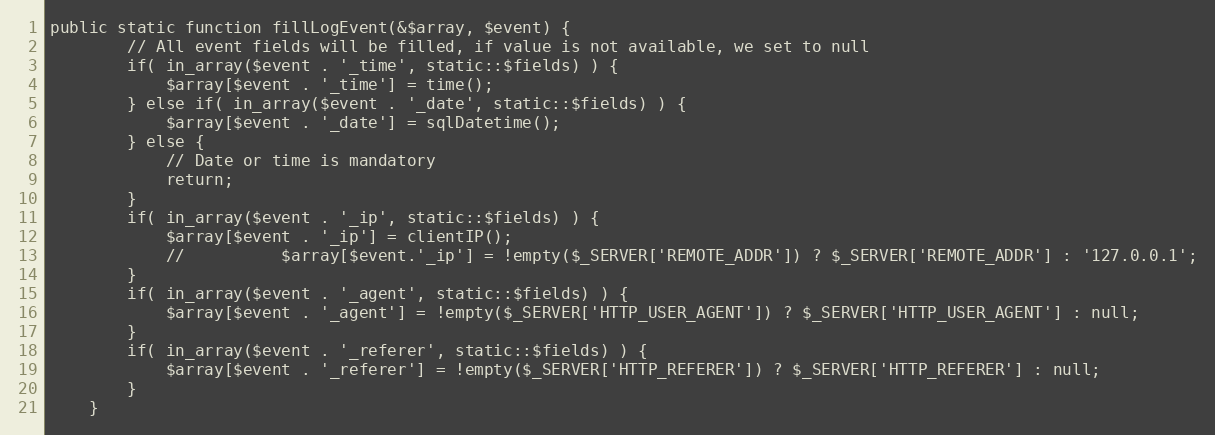
Language: PHP
public static function fillLogEvent(&$array, $event) {
		// All event fields will be filled, if value is not available, we set to null
		if( in_array($event . '_time', static::$fields) ) {
			$array[$event . '_time'] = time();
		} else if( in_array($event . '_date', static::$fields) ) {
			$array[$event . '_date'] = sqlDatetime();
		} else {
			// Date or time is mandatory
			return;
		}
		if( in_array($event . '_ip', static::$fields) ) {
			$array[$event . '_ip'] = clientIP();
			// 			$array[$event.'_ip'] = !empty($_SERVER['REMOTE_ADDR']) ? $_SERVER['REMOTE_ADDR'] : '127.0.0.1';
		}
		if( in_array($event . '_agent', static::$fields) ) {
			$array[$event . '_agent'] = !empty($_SERVER['HTTP_USER_AGENT']) ? $_SERVER['HTTP_USER_AGENT'] : null;
		}
		if( in_array($event . '_referer', static::$fields) ) {
			$array[$event . '_referer'] = !empty($_SERVER['HTTP_REFERER']) ? $_SERVER['HTTP_REFERER'] : null;
		}
	}